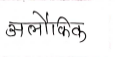
मजकूर: अलौकिक